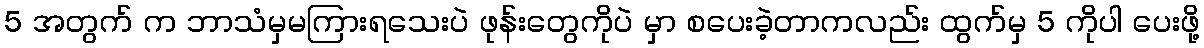
5 အတွက် က ဘာသံမှမကြားရသေးပဲ ဖုန်းတွေကိုပဲ မှာ စပေးခဲ့တာကလည်း ထွက်မှ 5 ကိုပါ ပေးဖို့